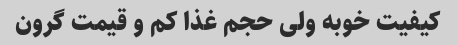
کیفیت خوبه ولی حجم غذا کم و قیمت گرون